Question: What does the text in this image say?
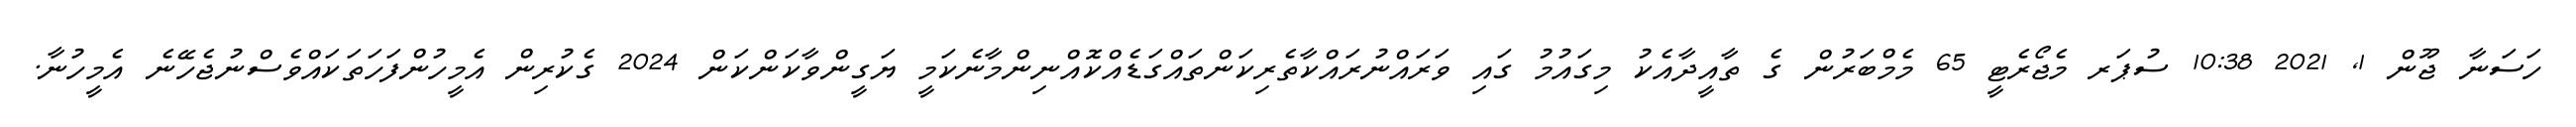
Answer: ހަސަނާ ޖޫން 1, 2021 10:38 ސުޕަރ މެޖޯރެޓީ 65 މެމްބަރުން ގެ ތާއީދާއެކު މިގައުމު ގައި ވަރައްނުރައްކާތެރިކަންތައްގަޑެއްކޮއްނިންމާނެކަމީ ޔަގީންވާކަންކަން 2024 ގެކުރިން އެމީހުންފަހަތަކައްވެސްނުޖެހޭނެ އެމީހުނާ.